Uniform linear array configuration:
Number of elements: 8
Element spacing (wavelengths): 0.25
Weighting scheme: binomial
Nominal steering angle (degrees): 0
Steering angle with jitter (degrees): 0.9412
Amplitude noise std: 0.05
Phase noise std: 0.05

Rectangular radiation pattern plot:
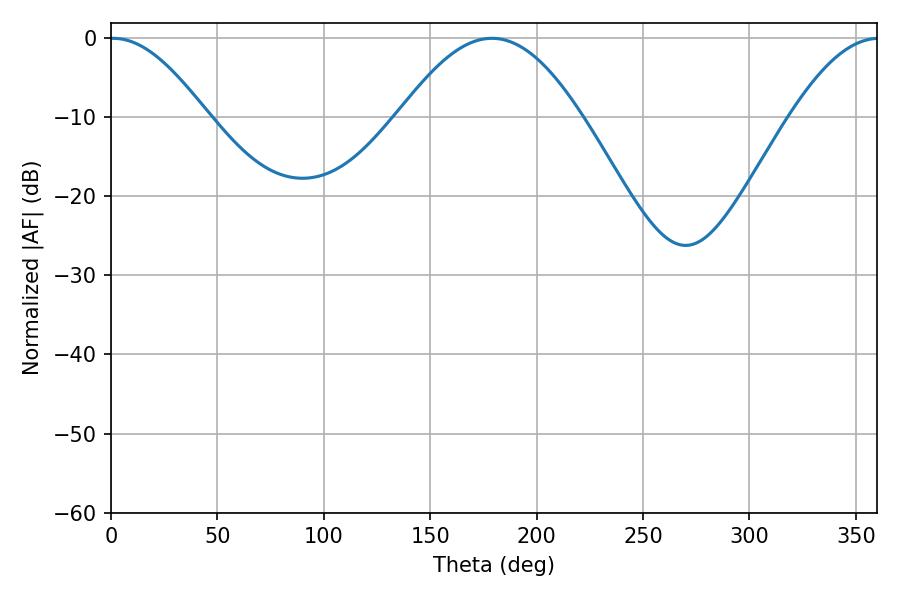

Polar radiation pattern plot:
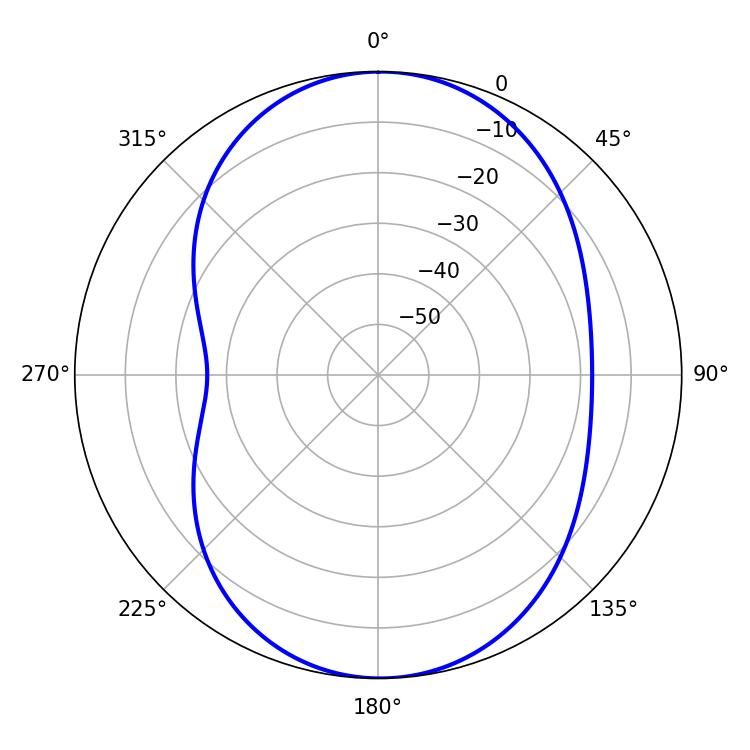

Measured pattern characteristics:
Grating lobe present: FALSE
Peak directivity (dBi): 14.558
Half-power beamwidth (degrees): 24.48
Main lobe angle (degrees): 1.08